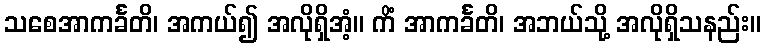
သစေအာကင်္ခတိ၊ အကယ်၍ အလိုရှိအံ့။ ကိံ အာကင်္ခတိ၊ အဘယ်သို့ အလိုရှိသနည်း။